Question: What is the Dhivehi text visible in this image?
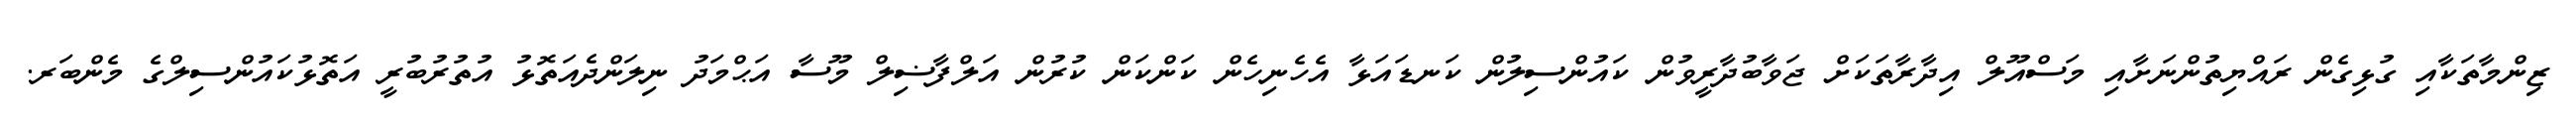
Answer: ޒިންމާތަކާއި ގުޅިގެން ރައްޔިތުންނަށާއި މަސްއޫލް އިދާރާތަކަށް ޖަވާބުދާރީވުން ކައުންސިލުން ކަނޑައަޅާ އެހެނިހެން ކަންކަން ކުރުން އަލްފާޟިލް މޫސާ އަޙްމަދު ނިލަންދެއަތޮޅު އުތުރުބުރީ އަތޮޅުކައުންސިލްގެ މެންބަރ.